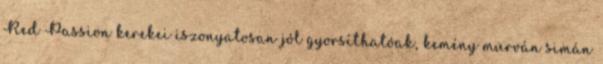
Red Passion kerekei iszonyatosan jól gyorsíthatóak, kemény murván simán